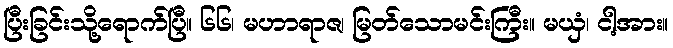
ပြီးခြင်းသို့ရောက်ပြီ။ ၆၆၊ မဟာရာဇ၊ မြတ်သောမင်းကြီး။ မယှံ၊ ငါ့အား။